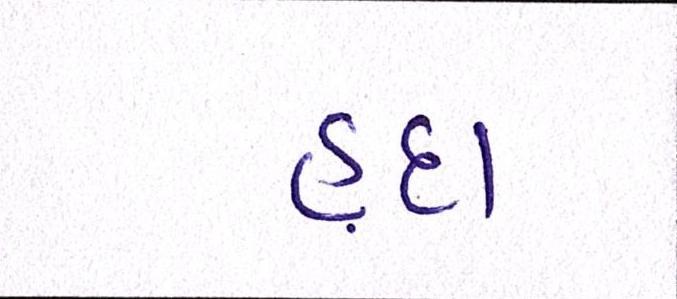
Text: હૃદા